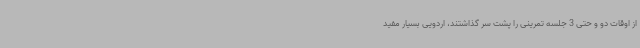
از اوقات دو و حتی 3 جلسه تمرینی را پشت سر گذاشتند، اردویی بسیار مفید